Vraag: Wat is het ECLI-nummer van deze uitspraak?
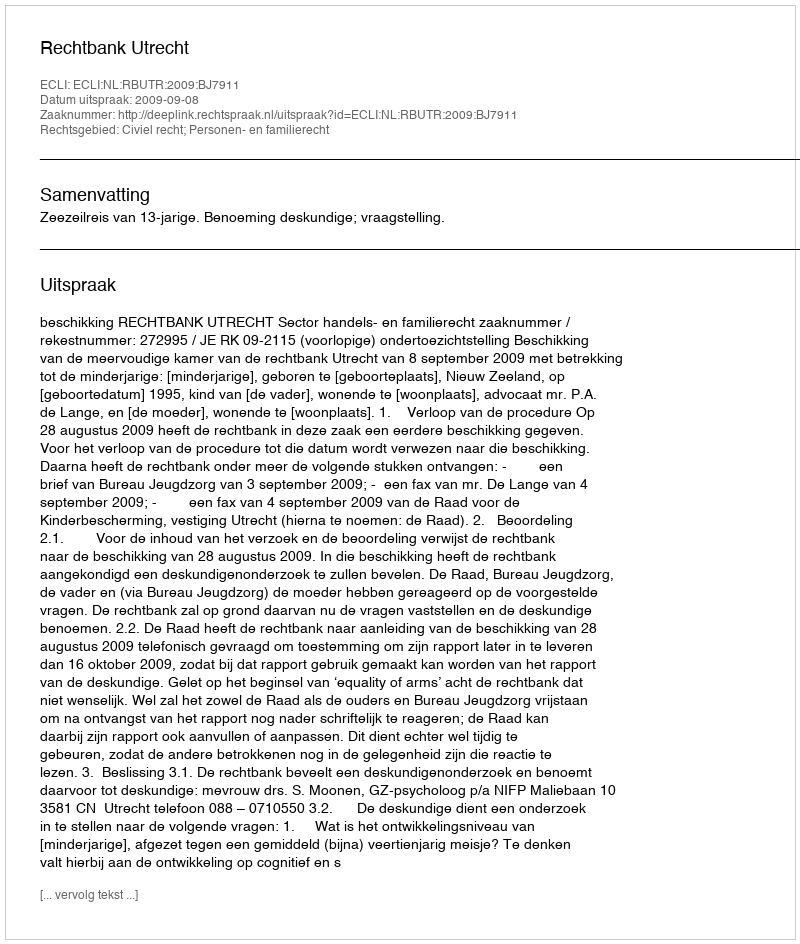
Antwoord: ECLI:NL:RBUTR:2009:BJ7911